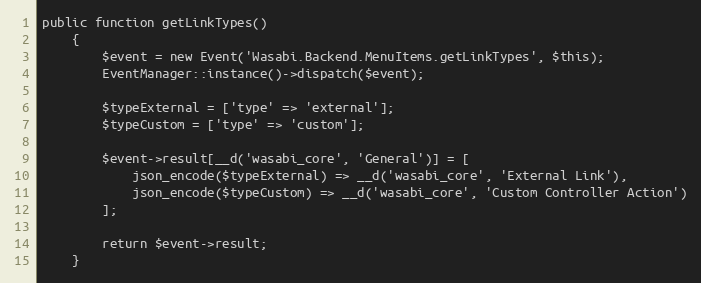
Language: PHP
public function getLinkTypes()
    {
        $event = new Event('Wasabi.Backend.MenuItems.getLinkTypes', $this);
        EventManager::instance()->dispatch($event);

        $typeExternal = ['type' => 'external'];
        $typeCustom = ['type' => 'custom'];

        $event->result[__d('wasabi_core', 'General')] = [
            json_encode($typeExternal) => __d('wasabi_core', 'External Link'),
            json_encode($typeCustom) => __d('wasabi_core', 'Custom Controller Action')
        ];

        return $event->result;
    }